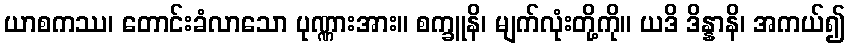
ယာစကဿ၊ တောင်းခံလာသော ပုဏ္ဏားအား။ စက္ခူနိ၊ မျက်လုံးတို့ကို။ ယဒိ ဒိန္နာနိ၊ အကယ်၍